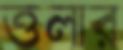
ত্তলার